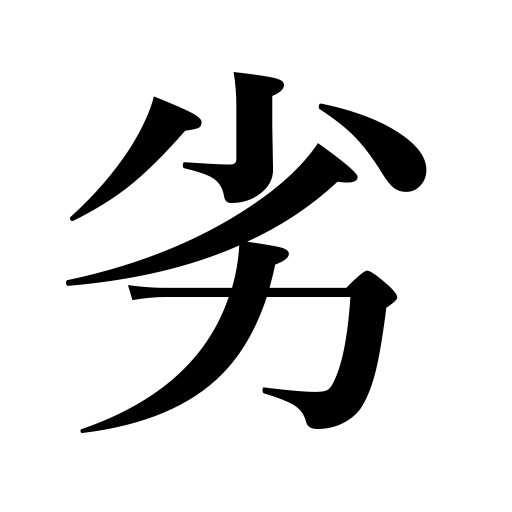
Meanings: be worse than,be inferior to